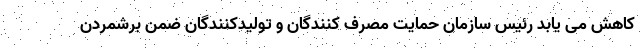
کاهش می یابد رئیس سازمان حمایت مصرف کنندگان و تولیدکنندگان ضمن برشمردن